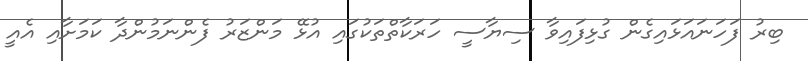
ބިރު ފަހަނައަޅައިގެން ގުޅިފައިވާ ސިޔާސީ ހަރަކާތްތަކުގައި އުޅޭ މަންޒަރު ފެންނަމުންދާ ކަމަށާއި އެއީ